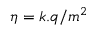
\eta = k . q / m ^ { 2 }